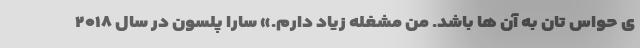
ی حواس تان به آن ها باشد. من مشغله زیاد دارم.» سارا پلسون در سال ۲۰۱۸